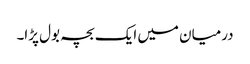
درمیان میں ایک بچہ بول پڑا۔